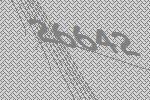
26642